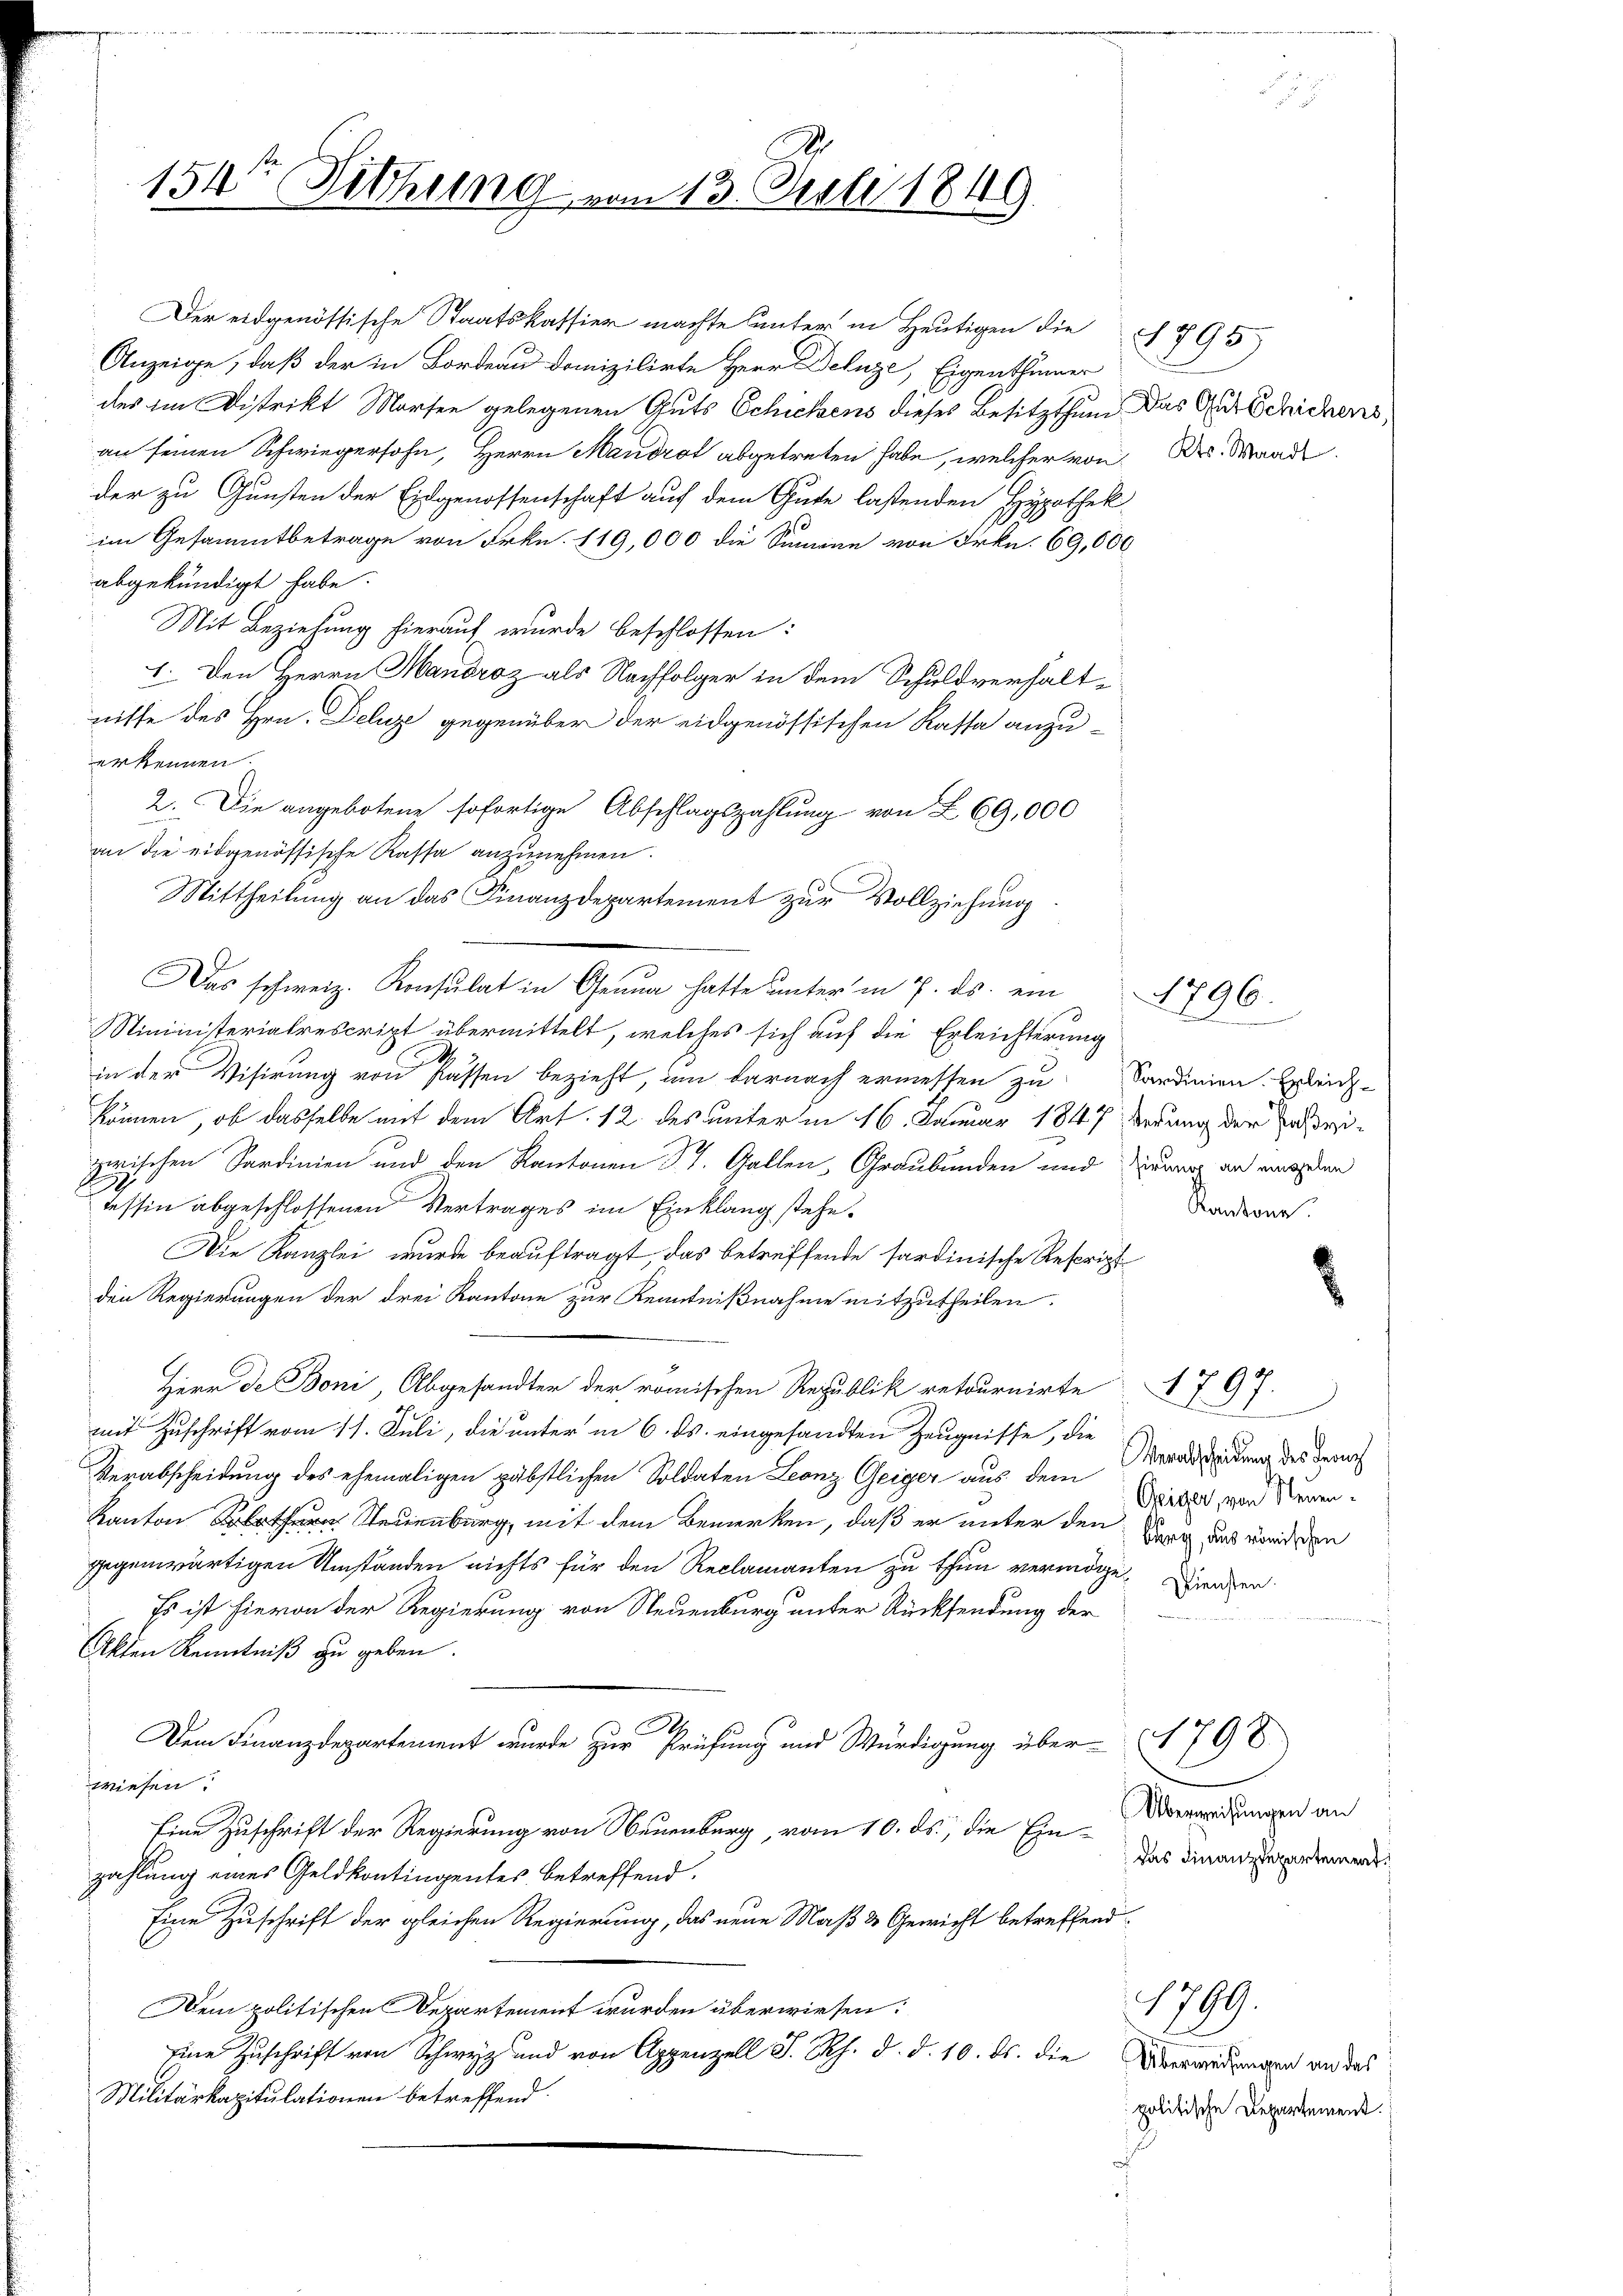
154te Sitzung vom 13. Decbr 1849

des im Distrikt Marten gelegenen Guts Schickens dieses Besitzthum das Gutschichens,
an seinen Schwiegersohn, Herrn Mandrot abgetreten habe, welcher von Des Waad
er zu Gunsten der Eidgenossenschaft auf dem Gute lastenden Hypothek
im Gesammtbetrage von Frkn. 119,000 die Summe von Frkn. 69,000
abgekündigt habe.
Mit Beziehung hierauf wurde beschlossen:
1. Den Herrn Handroz als Nachfolger in dem Schuldverhältnisse des Hrn. Deluze gegenüber der eidgenössischen Kassa anzu-
erkennen.
2. Die angebotene sofortige Abschlagszahlung von L 69,000
n die eidgenössische Kassa anzunehmen.
Mittheilung an das Finanzdepartement zur Vollziehung
Das schweiz. Konsulat in Genua hatte unter in 7. ds. ein
Stiministerialrescript übermittelt, welches sich auf die Erleichterung
n der Visirung von Passen bezieht, um darnach ermessen zu Sardinien. Errich-
können, ob dasselbe mit dem Art. 12. des unterm 16. Januar 1847 erung der Parizwischen Sardinien und den Kantonen St. Gallen, Graubünden und zwar an werden
tessin abgeschlossenen Vertrages im Einklang stehe¬
Die Kanzlei wurde beauftragt, das betreffende sardinische Rescript
den Regierungen der drei Kantone zur Kenntnißnahme mitzutheilen.
Herr de Boni, Abgesandter der römischen Republik retournirte
1897.
mit Zuschrift vom 11. Juli, die unter in 6. ds. eingesandten Zeugnisse, die
Verabscheidung des ehemaligen gäbstlichen Soldaten Leonz Geiger aus dem Verabredung des damit
Geiger, von Neuen¬
Kanton Steuer, mit dem Bemerken, daß er unter den Berg, daß werden
gegenwärtigen Umständen nichts für den Reclamanten zu thun vermöge. Dienen
Es ist hievon der Regierung von Neuenburg unter Rücksendung der
klen Kenntniß zu geben.
A
Dem Finanzdepartement wurde zur Prüfung und Würdigung über 1797
wiesen.
(Überweisungen an
Eine Zuschrift der Regierung von Neuenburg, vom 10. ds., die Eindas Finanzdepartement.
zahlung eines Geldkontingentes betreffend.
Eine Zuschrift der gleichen Regierung, das neue Maß & Gewicht betreffend
1799.
Dem politischen Departement wurden überwiesen:
Eine Zuschrift von Schwyz und von Appenzell S. Rh. d. d. 10. ds. die
Überweisungen an das
Militärkapitulationen betreffend
politische Departement.
a

Der eidgenössische Staatskassier machte unter in Heutigen die
Anzeige, daß der in Bordeau domizilirte Herr Deluze, Eigenthümer

1795.

Kantone

1796.